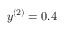
y ^ { ( 2 ) } = 0 . 4